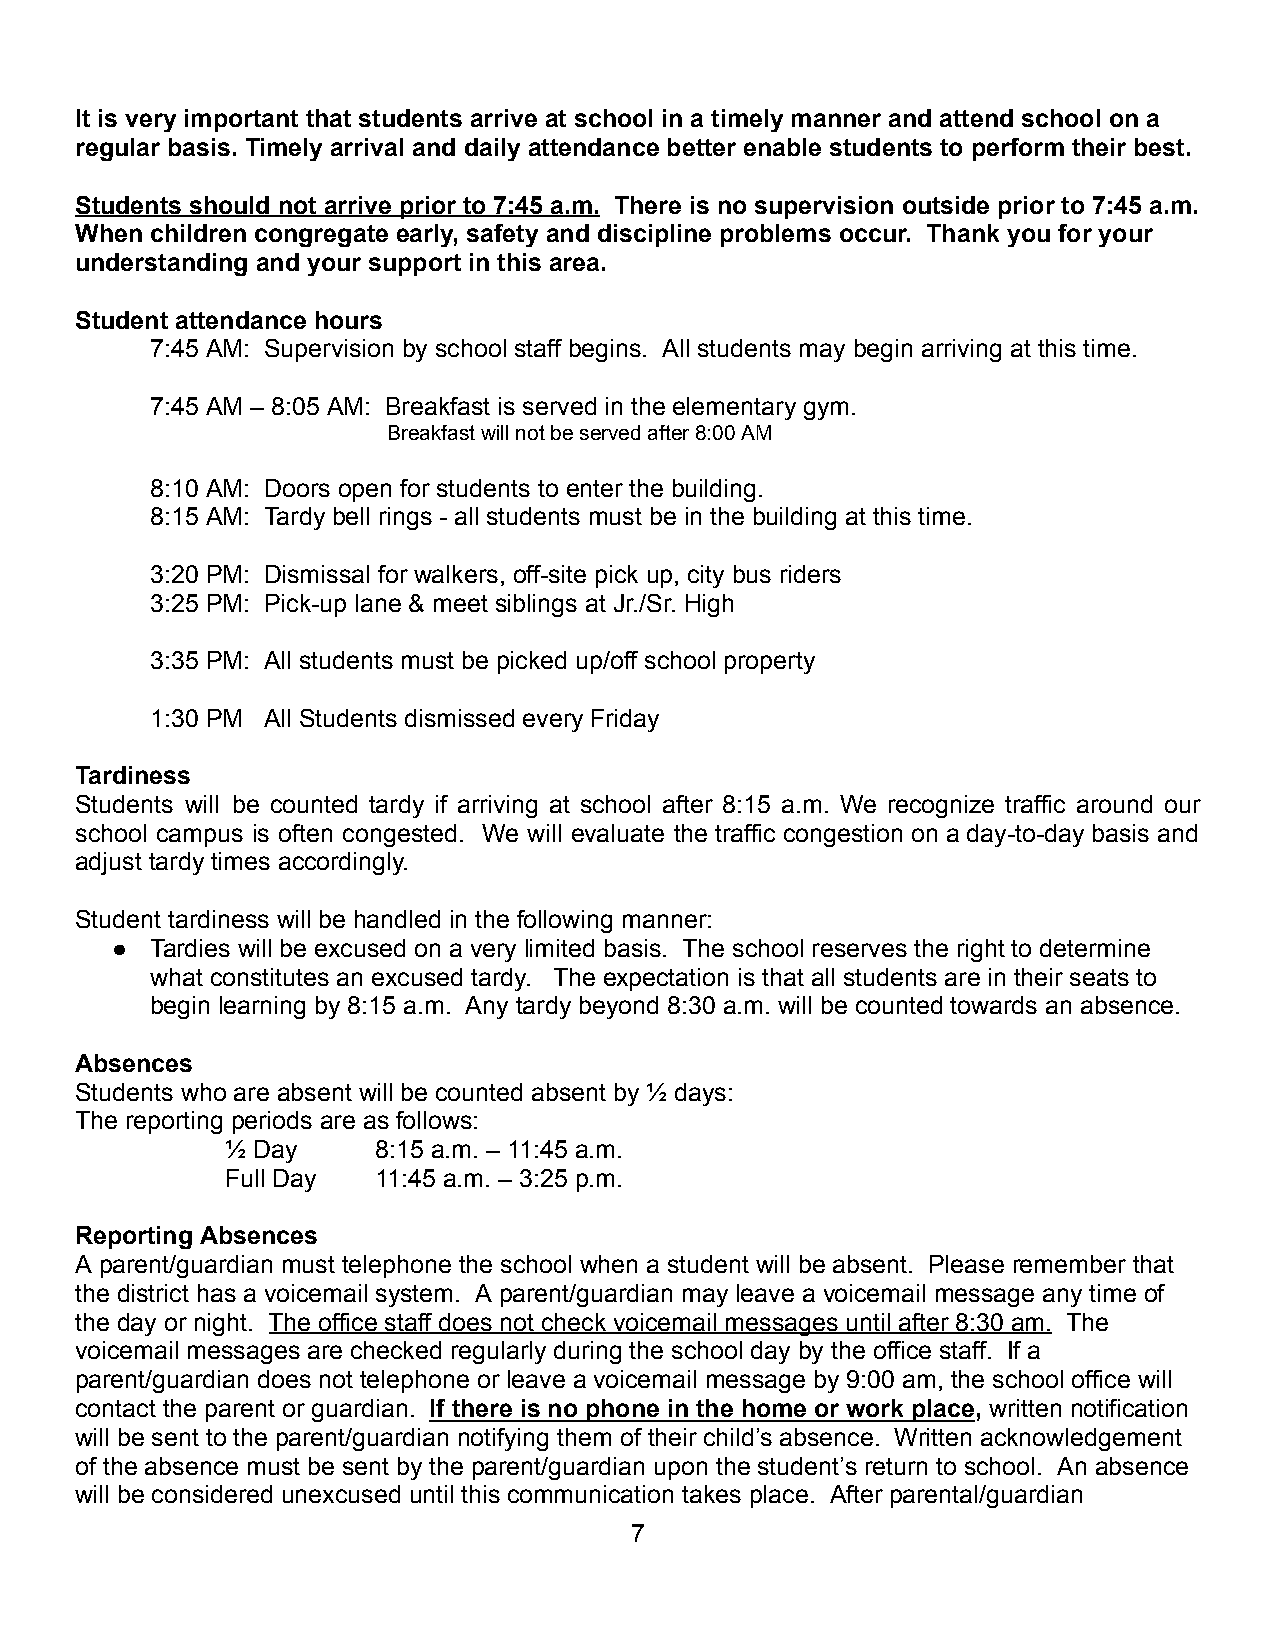
It is very important that students arrive at school in a timely manner and attend school on a
 regular basis. Timely arrival and daily attendance better enable students to perform their best.
 Students should not arrive prior to 7:45 a.m. There is no supervision outside prior to 7:45 a.m.
 When children congregate early, safety and discipline problems occur. Thank you for your
 understanding and your support in this area.
 Student attendance hours
 7:45 AM: Supervision by school staff begins. All students may begin arriving at this time.
 7:45 AM – 8:05 AM: Breakfast is served in the elementary gym.
 Breakfastwillnotbeservedafter8:00AM
 8:10 AM: Doors open for students to enter the building.
 8:15 AM: Tardy bell rings - all students must be in the building at this time.
 3:20 PM: Dismissal for walkers, off-site pick up, city bus riders
 3:25 PM: Pick-up lane & meet siblings at Jr./Sr. High
 3:35 PM: All students must be picked up/off school property
 1:30 PM All Students dismissed every Friday
 Tardiness
 Students will be counted tardy if arriving at school after 8:15 a.m. We recognize traffic around our
 school campus is often congested. We will evaluate the traffic congestion on a day-to-day basis and
 adjust tardy times accordingly.
 Student tardiness will be handled in the following manner:
 ●  Tardies will be excused on a very limited basis. The school reserves the right to determine
 what constitutes an excused tardy. The expectation is that all students are in their seats to
 begin learning by 8:15 a.m. Any tardy beyond 8:30 a.m. will be counted towards an absence.
 Absences
 Students who are absent will be counted absent by ½ days:
 The reporting periods are as follows:
 ½ Day     8:15 a.m. – 11:45 a.m.
 Full Day  11:45 a.m. – 3:25 p.m.
 Reporting Absences
 A parent/guardian must telephone the school when a student will be absent. Please remember that
 the district has a voicemail system. A parent/guardian may leave a voicemail message any time of
 the day or night. The office staff does not check voicemail messages until after 8:30 am. The
 voicemail messages are checked regularly during the school day by the office staff. If a
 parent/guardian does not telephone or leave a voicemail message by 9:00 am, the school office will
 contact the parent or guardian. If there is no phone in the home or work place, written notification
 will be sent to the parent/guardian notifying them of their child’s absence. Written acknowledgement
 of the absence must be sent by the parent/guardian upon the student’s return to school. An absence
 will be considered unexcused until this communication takes place. After parental/guardian
 7